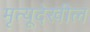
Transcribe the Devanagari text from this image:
मृत्यूदेखील